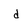
Character: d